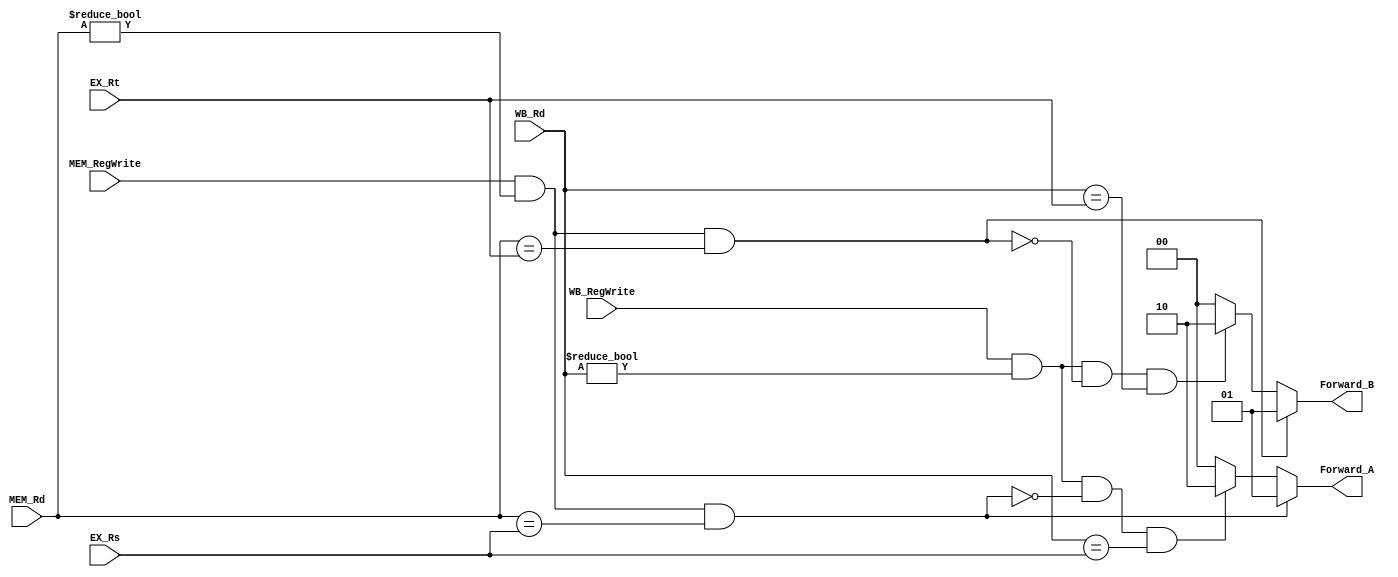
`timescale 1ns / 1ps
//0616087
//Subject:     CO project 4 - Pipe Register
//--------------------------------------------------------------------------------
//Version:     1
//--------------------------------------------------------------------------------
//Writer:      
//----------------------------------------------
//Date:        
//----------------------------------------------
//Description: 
//--------------------------------------------------------------------------------
module Forwarding(
	EX_Rs,
	EX_Rt,
	MEM_Rd,
	MEM_RegWrite,
	WB_Rd,
	WB_RegWrite,
	Forward_A,
	Forward_B
    );

input 	[4:0]	EX_Rs;
input 	[4:0]	EX_Rt;
input 	[4:0]	MEM_Rd;
input 			MEM_RegWrite;
input 	[4:0]	WB_Rd;
input 			WB_RegWrite;
output	[1:0]	Forward_A;
output	[1:0]	Forward_B;

reg 	[1:0]	result_A = 2'd0;
reg 	[1:0]	result_B = 2'd0;

always@(*)begin
	if((MEM_RegWrite) && (MEM_Rd != 0) && (MEM_Rd == EX_Rs)) result_A = 2'd1;
	else if((WB_RegWrite) && (WB_Rd != 0) && (!((MEM_RegWrite) && (MEM_Rd != 0) && (MEM_Rd == EX_Rs))) && (WB_Rd == EX_Rs)) result_A = 2'd2;
	else result_A = 2'd0;
	if((MEM_RegWrite) && (MEM_Rd != 0) && (MEM_Rd == EX_Rt)) result_B = 2'd1;
	else if((WB_RegWrite) && (WB_Rd != 0) && (!((MEM_RegWrite) && (MEM_Rd != 0) && (MEM_Rd == EX_Rt))) && (WB_Rd == EX_Rt)) result_B = 2'd2;
	else result_B = 2'd0;
end

assign Forward_A = result_A;
assign Forward_B = result_B;

endmodule